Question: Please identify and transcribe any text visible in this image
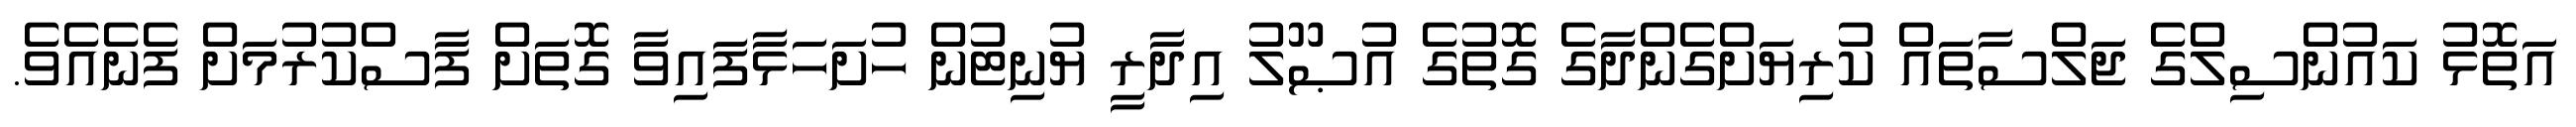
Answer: އަތޮޅު ކައުންސިލްގެ ޖަލްސާތައް ކުރިޔަށްގެންދާގެ ގޮތުގެ އުޞޫލު އިދާރީ ޔުނިޓުން ހުށަހަޅާފައިވާ ގޮތަށް ފާސްކުރުމަށް ފެނެއެވެ.